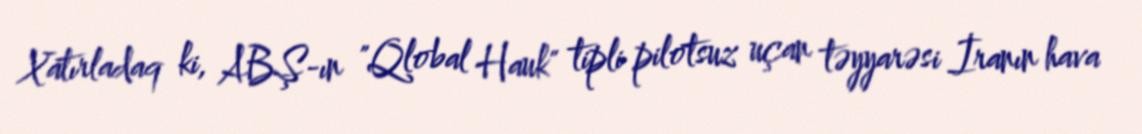
Xatırladaq ki, ABŞ-ın "Qlobal Hauk" tipli pilotsuz uçan təyyarəsi İranın hava